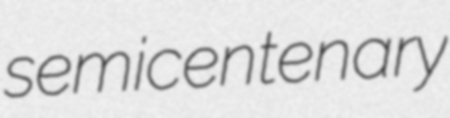
semicentenary